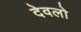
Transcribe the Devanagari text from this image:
देवलो